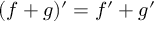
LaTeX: ( f + g ) ^ { \prime } = f ^ { \prime } + g ^ { \prime }